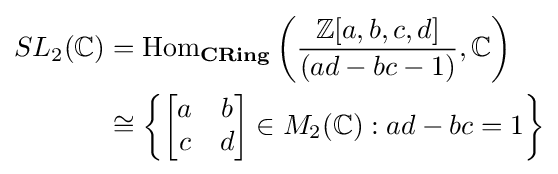
{\begin{aligned}SL_{2}(\mathbb {C} )&=\operatorname {Hom} _{\textbf {CRing}}\left({\frac {\mathbb {Z} [a,b,c,d]}{(ad-bc-1)}},\mathbb {C} \right)\\&\cong \left\{{\begin{bmatrix}a&b\\c&d\end{bmatrix}}\in M_{2}(\mathbb {C} ):ad-bc=1\right\}\end{aligned}}